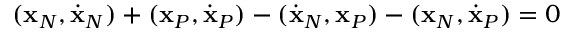
( { \bf x } _ { N } , \dot { \bf x } _ { N } ) + ( { \bf x } _ { P } , \dot { \bf x } _ { P } ) - ( \dot { \bf x } _ { N } , { \bf x } _ { P } ) - ( { \bf x } _ { N } , \dot { \bf x } _ { P } ) = 0